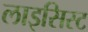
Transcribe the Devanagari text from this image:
लाइसिस्ट